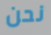
نحن